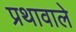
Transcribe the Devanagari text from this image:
प्रथावाले